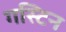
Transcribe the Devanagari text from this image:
गस्टिन